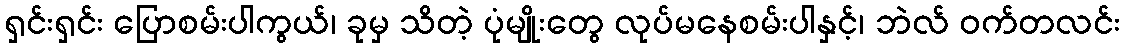
ရှင်းရှင်း ပြောစမ်းပါကွယ်၊ ခုမှ သိတဲ့ ပုံမျိုးတွေ လုပ်မနေစမ်းပါနှင့်၊ ဘဲလ် ဝက်တလင်း